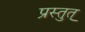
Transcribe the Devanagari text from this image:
प्रस्तुत्